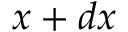
x + d x